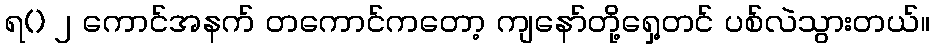
ရ() ၂ ကောင်အနက် တကောင်ကတော့ ကျနော်တို့ရှေ့တင် ပစ်လဲသွားတယ်။